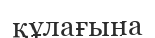
құлағына